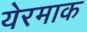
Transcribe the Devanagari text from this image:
येरमाक